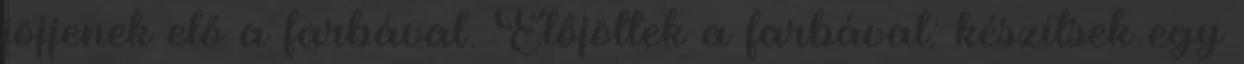
jöjjenek elő a farbával. Elő­jöttek a farbával: készítsek egy